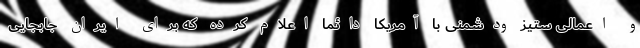
و اعمالی ستیز ودشمنی با آمریکا دائما اعلام کرده که برای ایران جابجایی